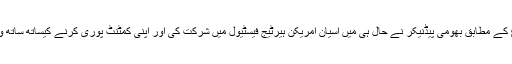
بھارتی ذرائع ابلاغ کے مطابق بھومی پیڈنیکر نے حال ہی میں آسیان امریکن ہیرٹیج فیسٹیول میں شرکت کی اور اپنی کمٹنٹ پوری کرنے کیساتھ ساتھ وہاں پر فن بھی کیا۔